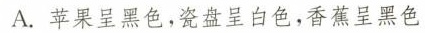
A.苹果呈黑色，瓷盘呈白色，香蕉呈黑色